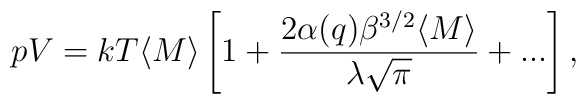
pV=kT\langle M\rangle\left[1+\frac{2\alpha(q)\beta^{3/2}\langle M\rangle}{\lambda\sqrt{\pi}}+...\right],